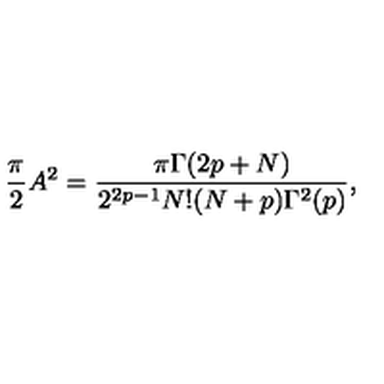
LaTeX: { \frac { \pi } { 2 } } A ^ { 2 } = { \frac { \pi \Gamma ( 2 p + N ) } { 2 ^ { 2 p - 1 } N ! ( N + p ) \Gamma ^ { 2 } ( p ) } } ,